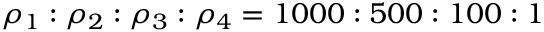
\rho _ { 1 } : \rho _ { 2 } : \rho _ { 3 } : \rho _ { 4 } = 1 0 0 0 : 5 0 0 : 1 0 0 : 1